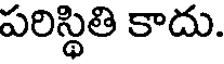
పరిస్థితి కాదు.